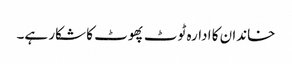
خاندان کا ادارہ ٹوٹ پھوٹ کا شکار ہے۔